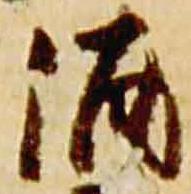
酒